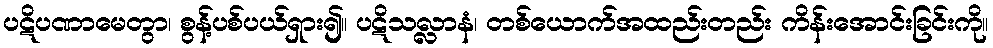
ပဋိပဏာမေတွာ၊ စွန့်ပစ်ပယ်ရှား၍။ ပဋိသလ္လာနံ၊ တစ်ယောက်အထည်းတည်း ကိန်းအောင်းခြင်းကို။